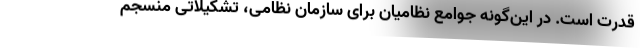
قدرت است. در این‌گونه جوامع نظامیان برای سازمان نظامی، تشکیلاتی منسجم